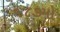
૧૮૭મો